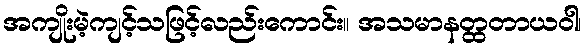
အကျိုးမဲ့ကျင့်သဖြင့်လည်းကောင်း။ အသမာနတ္ထတာယဝါ၊